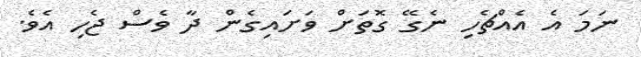
ނަމަ އެ އެއްޗެހި ނެގޭ ގޮތަށް ވަށައިގެން ދާ ވެސް ޖެހި އެވެ.